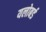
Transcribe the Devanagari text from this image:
यलोबर्ड